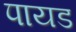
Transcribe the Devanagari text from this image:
पायड